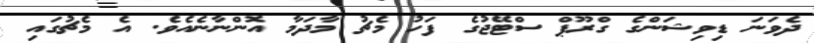
ދެވަނަ ޑިވިޝަންގެ ގްރޫޕް ސްޓޭޖުގެ ފަހު މެޗު މާދަމާ އޮންނާނެއެވެ. އެ މެޗުގައި